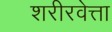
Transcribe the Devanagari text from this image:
शरीरवेत्ता